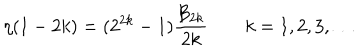
LaTeX: \eta ( 1 - 2 k ) = ( 2 ^ { 2 k } - 1 ) { \frac { { \cal B } _ { 2 k } } { 2 k } } \qquad k = 1 , 2 , 3 , \ldots